Report of an investigation of the epidemic of malarial fever in Assam, or, kala-azar
Disease focus: Malaria
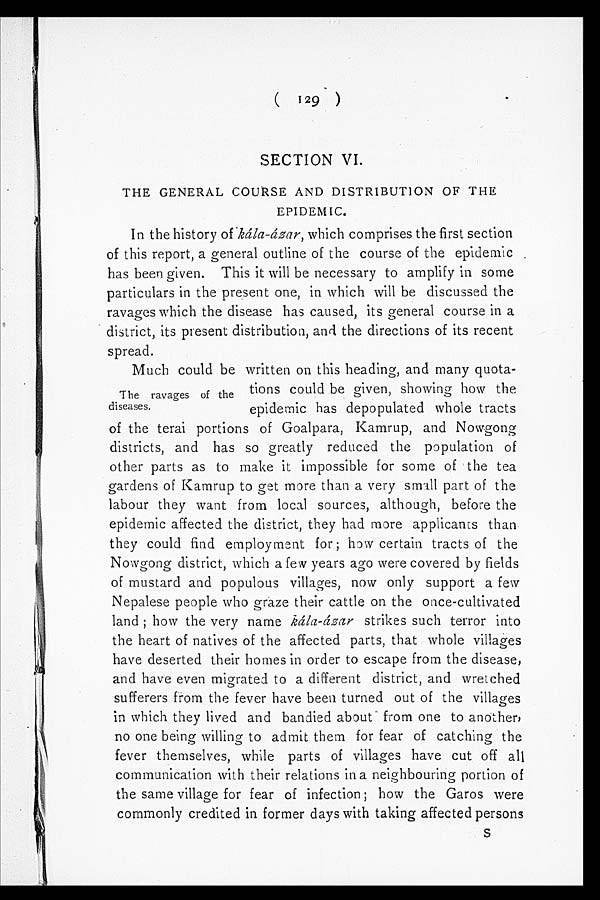
(129)
SECTION VI.
THE GENERAL COURSE AND DISTRIBUTION OF THE
EPIDEMIC.
In the history of kála-ázar, which comprises the first section
of this report, a general outline of the course of the epidemic
has been given. This it will be necessary to amplify in some
particulars in the present one, in which will be discussed the
ravages which the disease has caused, its general course in a
district, its present distribution, and the directions of its recent
spread.
Much could be written on this heading, and many quota
-tions could be given, showing how the
epidemic has depopulated whole tracts
of the terai portions of Goalpara, Kamrup, and Nowgong
districts, and has so greatly reduced the population of
other parts as to make it impossible for some of the tea
gardens of Kamrup to get more than a very small part of the
labour they want from local sources, although, before the
epidemic affected the district, they had more applicants than
they could find employment for; how certain tracts of the
Nowgong district, which a few years ago were covered by fields
of mustard and populous villages, now only support a few
Nepalese people who graze their cattle on the once-cultivated
land; how the very name kála-ázar strikes such terror into
the heart of natives of the affected parts, that whole villages
have deserted their homes in order to escape from the disease,
and have even migrated to a different district, and wretched
sufferers from the fever have been turned out of the villages
in which they lived and bandied about from one to another,
no one being willing to admit them for fear of catching the
fever themselves, while parts of villages have cut off all
communication with their relations in a neighbouring portion of
the same village for fear of infection; how the Garos were
commonly credited in former days with taking affected persons
The ravages of the
diseases.
S